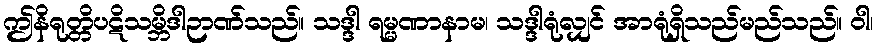
ဤနိရုတ္တိပဋိသမ္ဘိဒါဉာဏ်သည်။ သဒ္ဒါ ရမ္မဏာနာမ၊ သဒ္ဒါရုံလျှင် အာရုံရှိသည်မည်သည်။ ဝါ၊